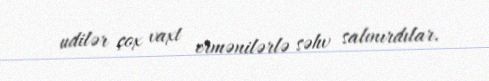
udilər çox vaxt ermənilərlə səhv salınırdılar.